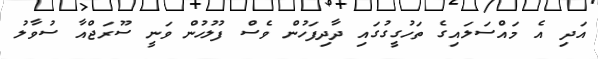
އަދި އެ މައްސަލައިގެ ތަހުގީގުގައި ދާދިފަހުން ވެސް ފުލުހުން ވަނީ ސޫރަޖްއާ ސުވާލު